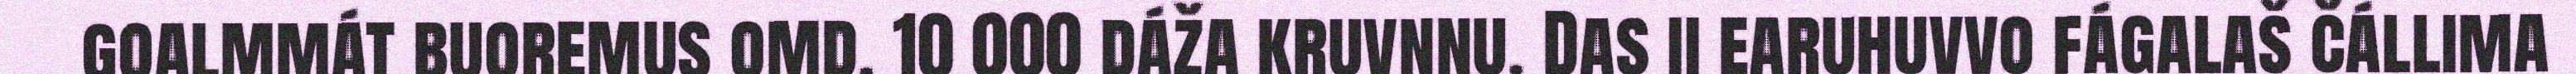
goalmmát buoremus omd. 10 000 dáža kruvnnu. Das ii earuhuvvo fágalaš čállima